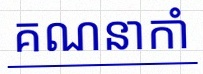
គណនាកាំ